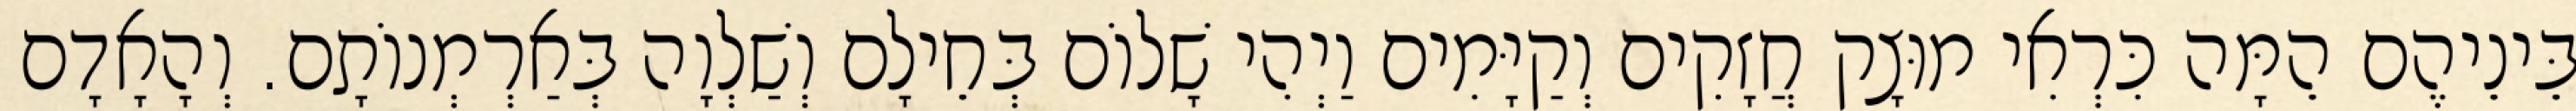
בֵּינֵיהֶם הֵמָּה כִּרְאִי מוּצָק חֲזָקִים וְקַיָּמִים וַיְהִי שָׁלוֹם בְּחֵילָם וְשַׁלְוָה בְּאַרְמְנוֹתָם. וְהָאָדָם